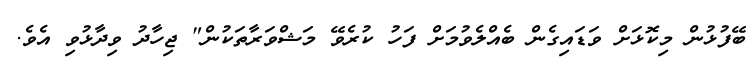
ބޭފުޅުން މިކޮޅަށް ވަޑައިގެން ބެއްލެވުމަށް ފަހު ކުރެވޭ މަޝްވަރާތަކުން" ޖިހާދު ވިދާޅުވި އެވެ.